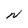
Character: N